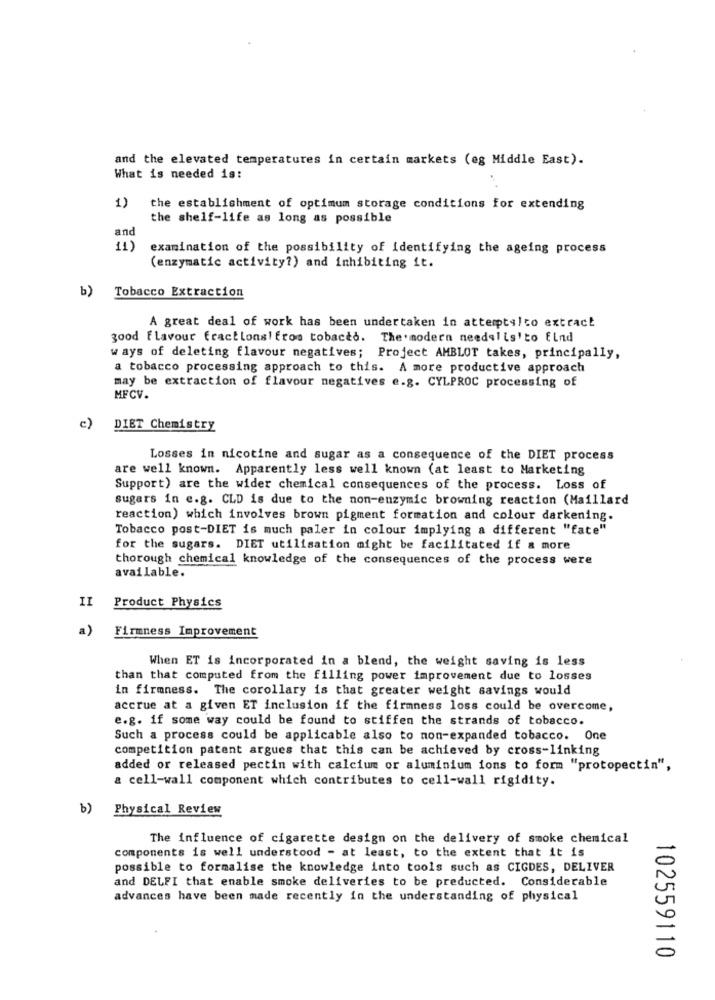
and the elevated temperatures in certain markets (eg Middle East).
What is needed is:
1)
the establishment of optimum storage conditions for extending
the shelf-life as long as possible
and
(1)
examination of the possibility of identifying the ageing process
(enzymatic activity?) and inhibiting it.
b)
Tobacco Extraction
A great deal of work has been undertaken in attemptslco extract
good flavour fractions!fros tobacco. The'modern needalis'to find
ways of deleting flavour negatives; Project AMBLOT takes, principally,
a tobacco processing approach to this. A more productive approach
may be extraction of flavour negatives e.g. CYLPROC processing of
MFCV.
c)
DIET Chemistry
Losses in nicotine and sugar as a consequence of the DIET process
are well known. Apparently less well known (at least to Marketing
Support) are the wider chemical consequences of the process. Loss of
sugars in e.g. CLD is due to the non-enzymic browning reaction (Maillard
reaction) which involves brown pigment formation and colour darkening.
Tobacco post-DIET is much paler in colour implying a different "fate"
for the sugars. DIET utilisation might be facilitated if & more
thorough chemical knowledge of the consequences of the process were
available.
II
Product Physics
a)
Firmness Improvement
When ET is incorporated in a blend, the weight saving is less
than that computed from the filling power improvement due to losses
in firmness. The corollary is that greater weight savings would
accrue at a given ET inclusion if the firmness loss could be overcome,
e.g. if some way could be found to stiffen the strands of tobacco.
Such a process could be applicable also to non-expanded tobacco. One
competition patent argues that this can be achieved by cross-linking
added or released pectin with calcium or aluminium ions to form "protopectin",
a cell-wall component which contributes to cell-wall rigidity.
b)
Physical Review
The influence of cigarette design on the delivery of smoke chemical
components is well understood - at least, to the extent that it is
possible to formalise the knowledge into tools such as CIGDES, DELIVER
and DELFI that enable smoke deliveries to be preducted. Considerable
advances have been made recently in the understanding of physical
102559110